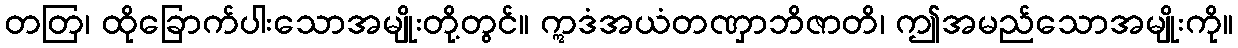
တတြ၊ ထိုခြောက်ပါးသောအမျိုးတို့တွင်။ ဣဒံအယံတဏှာဘိဇာတိ၊ ဤအမည်သောအမျိုးကို။